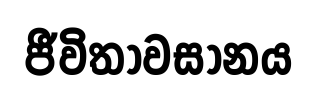
ජීවිතාවසානය